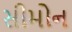
સીમોન